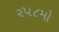
૨૫૮મો